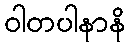
ဝါတပါနာနိ